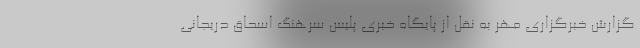
گزارش خبرگزاری مهر به نقل از پایگاه خبری پلیس سرهنگ اسحاق دریجانی